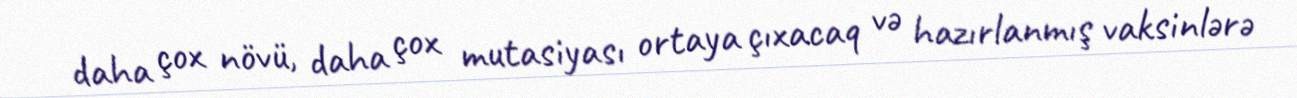
daha çox növü, daha çox mutasiyası ortaya çıxacaq və hazırlanmış vaksinlərə